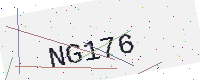
Text: NG176